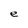
Character: e